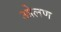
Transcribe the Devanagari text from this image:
ओलण